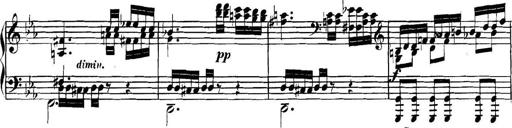
Title: Collected Piano Sonatas
Composer: Muzio Clementi